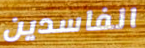
الفاسدين